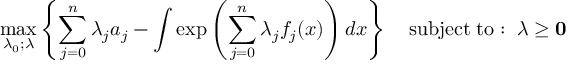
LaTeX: \operatorname* { m a x } _ { \lambda _ { 0 } ; { \boldsymbol { \lambda } } } \left\{ \sum _ { j = 0 } ^ { n } \lambda _ { j } a _ { j } - \int \exp \left( \sum _ { j = 0 } ^ { n } \lambda _ { j } f _ { j } ( x ) \right) d x \right\} \quad \mathrm { s u b j e c t \; t o : \; \; } { \boldsymbol { \lambda } } \geq \mathbf { 0 }